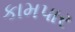
કામપાર